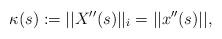
LaTeX: \begin{align*}\kappa(s):=||X''(s)||_i =||x''(s)||,\end{align*}